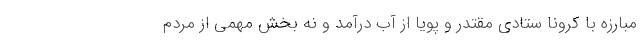
مبارزه با کرونا ستادی مقتدر و پویا از آب درآمد و نه بخش مهمی از مردم